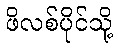
ဖိလစ်ပိုင်သို့